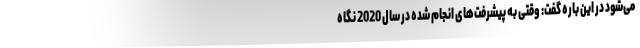
می‌شود در این باره گفت: وقتی به پیشرفت‌های انجام شده در سال 2020 نگاه